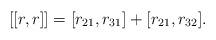
LaTeX: \begin{align*}[[r,r]]=[r_{21},r_{31}]+[r_{21},r_{32}].\end{align*}